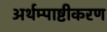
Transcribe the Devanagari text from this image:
अर्थम्पाष्टीकरण